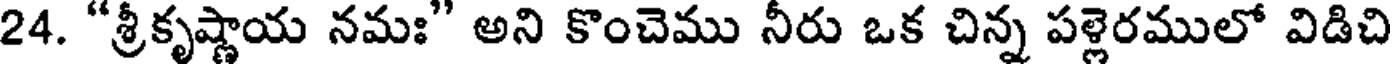
24. "శ్రీకృష్ణాయ నమః" అని కొంచెము నీరు ఒక చిన్న పళ్లెరములో విడిచి